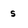
Character: s